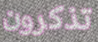
تذكرون